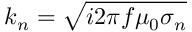
k _ { n } = \sqrt { i 2 \pi f \mu _ { 0 } \sigma _ { n } }